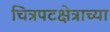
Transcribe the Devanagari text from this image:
चित्रपटक्षेत्राच्या